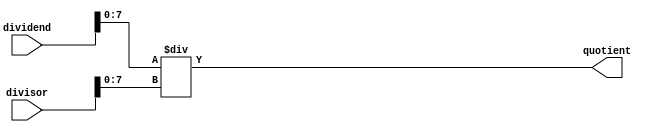
module fractional_divider (
    input wire [15:0] dividend, // Dividend in fixed-point fraction format
    input wire [15:0] divisor, // Divisor in fixed-point fraction format
    output reg [15:0] quotient // Quotient of the division operation
);

reg [15:0] dividend_int; // Integer part of the dividend
reg [15:0] divisor_int; // Integer part of the divisor
reg [15:0] dividend_frac; // Fractional part of the dividend
reg [15:0] divisor_frac; // Fractional part of the divisor
reg [15:0] quotient_int; // Integer part of the quotient
reg [15:0] quotient_frac; // Fractional part of the quotient

// Separate integer and fractional parts of the dividend and divisor
assign dividend_int = dividend[15:8];
assign dividend_frac = dividend[7:0];
assign divisor_int = divisor[15:8];
assign divisor_frac = divisor[7:0];

// Perform division operation using fixed-point arithmetic
// Calculate integer part of the quotient
always @* begin
    quotient_int = dividend_int / divisor_int;
end

// Calculate fractional part of the quotient
always @* begin
    quotient_frac = dividend_frac / divisor_frac;
end

// Combine integer and fractional parts of the quotient
assign quotient = {quotient_int, quotient_frac};

endmodule